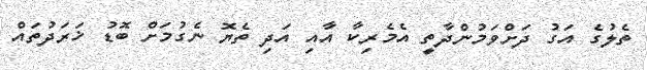
ތެލުގެ އަގު ދަށްވަމުންދާތީ އެމެރިކާ އާއި އަދި ތެޔޮ ނެގުމަށް ބޮޑު ޚަރަދުތައް